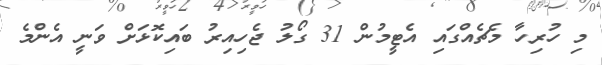
މި ހުރިހާ މެޗެއްގައި އެޓީމުން 31 ގޯލު ޖެހިއިރު ބައިކޮޅަށް ވަނީ އެންމެ